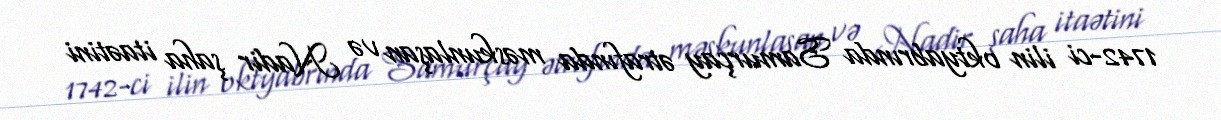
1742-ci ilin oktyabrında Samurçay ətrafında məskunlaşan və Nadir şaha itaətini